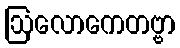
ဩလောကေတဗ္ဗာ